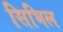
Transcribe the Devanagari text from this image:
सिभिल